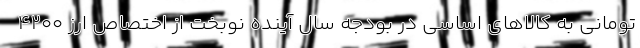
تومانی به کالاهای اساسی در بودجه سال آینده نوبخت از اختصاص ارز ۴۲۰۰